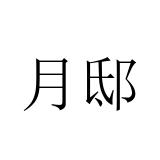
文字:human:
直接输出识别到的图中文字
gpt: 月邸